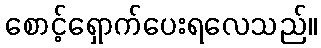
စောင့်ရှောက်ပေးရလေသည်။